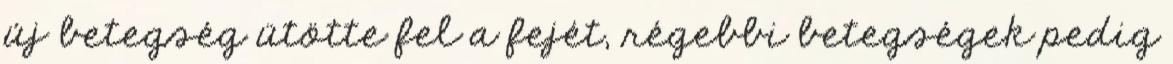
új betegség ütötte fel a fejét, régebbi betegségek pedig